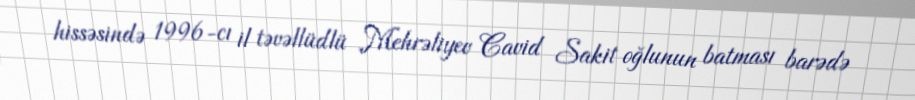
hissəsində 1996-cı il təvəllüdlü Mehrəliyev Cavid Sakit oğlunun batması barədə